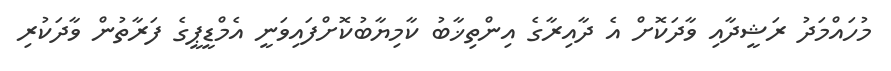
މުހައްމަދު ރަޝީދާއި ވާދަކޮށް އެ ދާއިރާގެ އިންތިޚާބު ކާމިޔާބުކޮށްފައިވަނީ އެމްޑީޕީގެ ފަރާތުން ވާދަކުރި